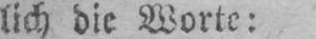
lich die Worte: